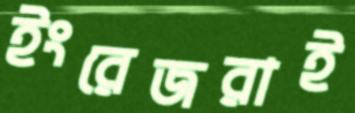
ইংরেজরাই